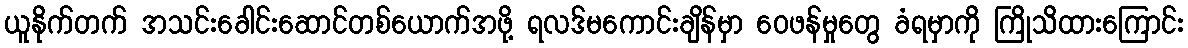
ယူနိုက်တက် အသင်းခေါင်းဆောင်တစ်ယောက်အဖို့ ရလဒ်မကောင်းချိန်မှာ ဝေဖန်မှုတွေ ခံရမှာကို ကြိုသိထားကြောင်း